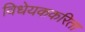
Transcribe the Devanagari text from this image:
विधेयककरिता